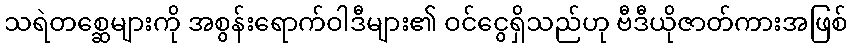
သရဲတစ္ဆေများကို အစွန်းရောက်ဝါဒီများ၏ ဝင်ငွေရှိသည်ဟု ဗီဒီယိုဇာတ်ကားအဖြစ်